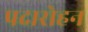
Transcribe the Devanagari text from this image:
पदारोहन